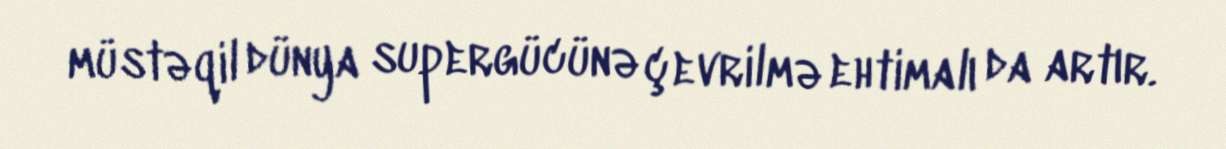
müstəqil dünya supergücünə çevrilmə ehtimalı da artır.